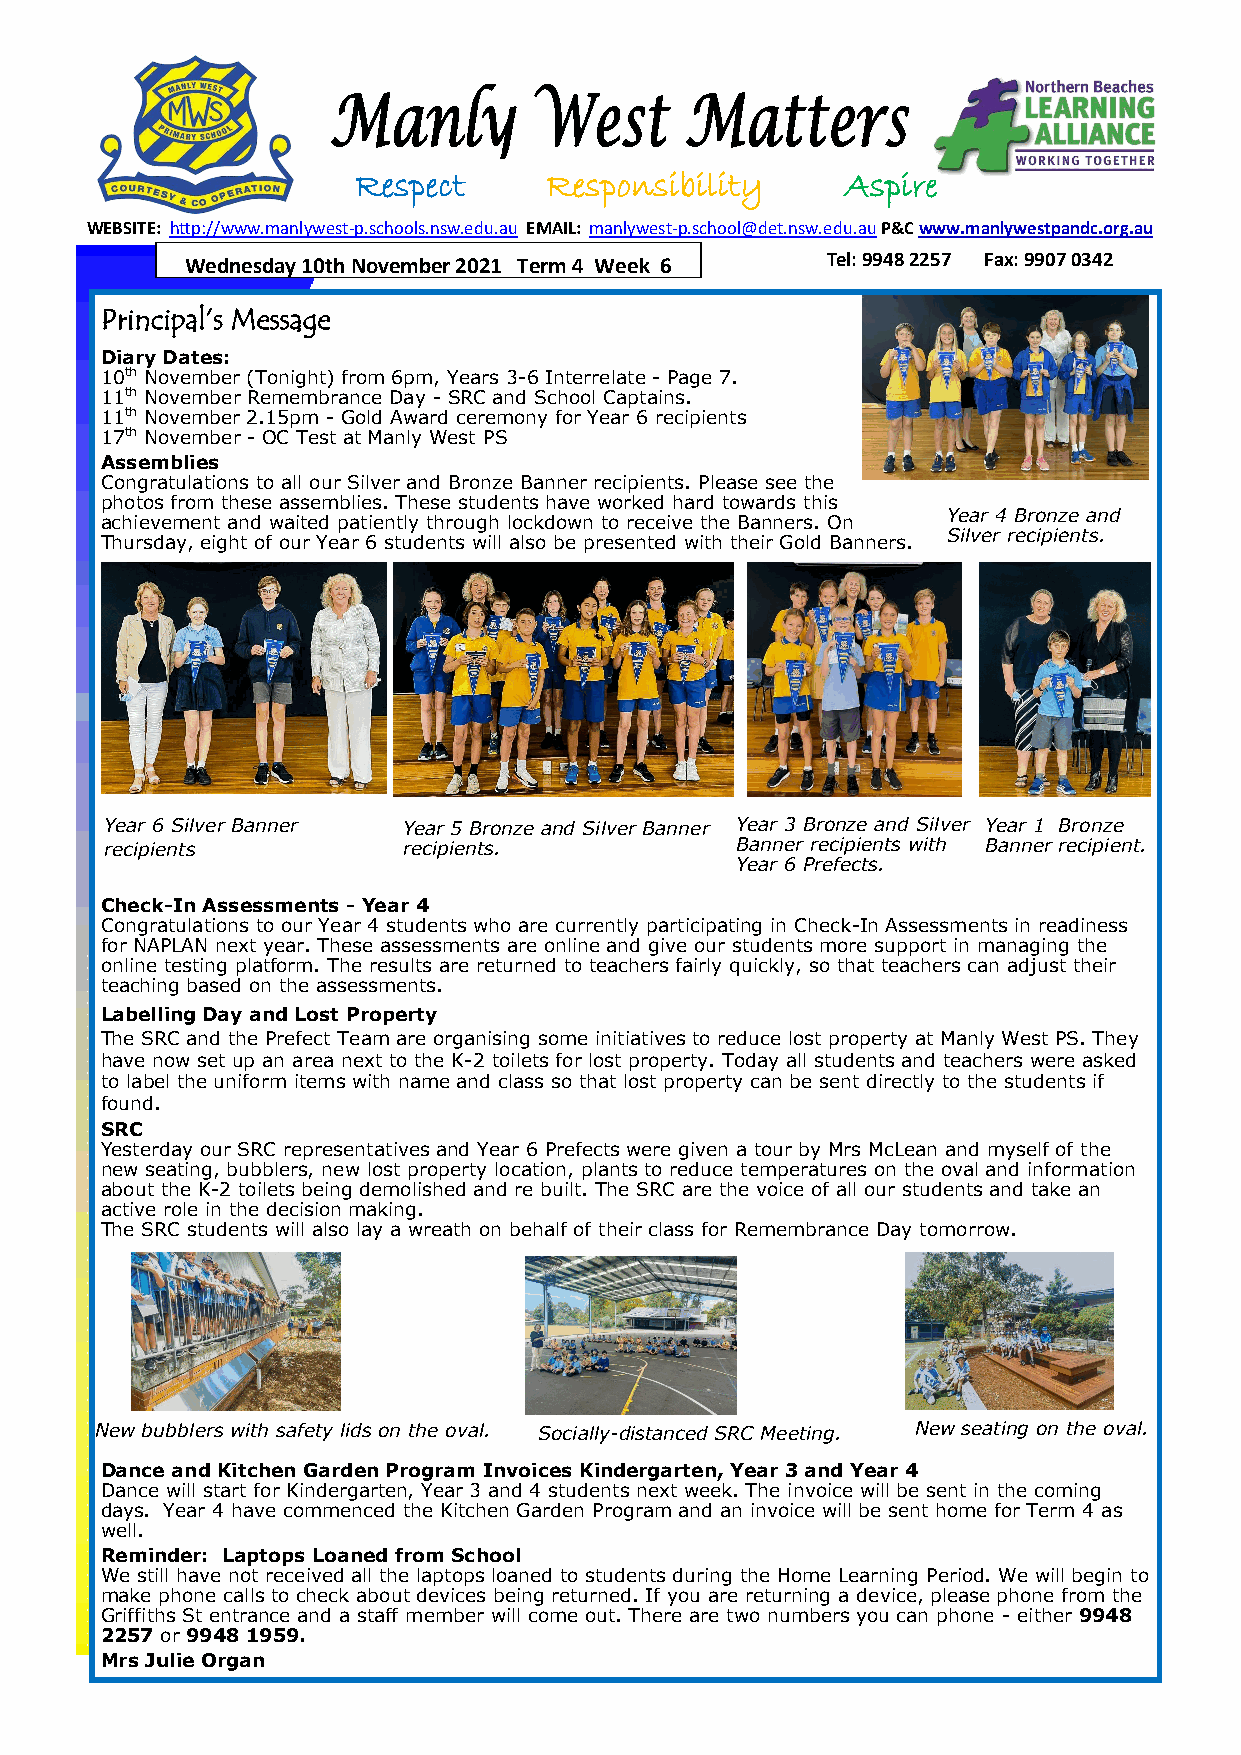
Respect     Responsibility      Aspire
 WEBSITE: http://www.manlywest-p.schools.nsw.edu.au EMAIL: manlywest-p.school@det.nsw.edu.au P&C www.manlywestpandc.org.au
 Wednesday 10th November 2021 Term 4 Week 6 Tel: 9948 2257 Fax: 9907 0342
 Principal’s Message
 Diary Dates:
 10th November (Tonight) from 6pm, Years 3-6 Interrelate - Page 7.
 11th November Remembrance Day - SRC and School Captains.
 11th November 2.15pm - Gold Award ceremony for Year 6 recipients
 17th November - OC Test at Manly West PS
 Assemblies
 Congratulations to all our Silver and Bronze Banner recipients. Please see the
 photos from these assemblies. These students have worked hard towards this
 Year 4 Bronze and
 achievement and waited patiently through lockdown to receive the Banners. On
 Silver recipients.
 Thursday, eight of our Year 6 students will also be presented with their Gold Banners.
 Year 6 Silver Banner Year 5 Bronze and Silver Banner Year 3 Bronze and Silver Year 1 Bronze
 recipients          recipients.           Banner recipients with Banner recipient.
 Year 6 Prefects.
 Check-In Assessments - Year 4
 Congratulations to our Year 4 students who are currently participating in Check-In Assessments in readiness
 for NAPLAN next year. These assessments are online and give our students more support in managing the
 online testing platform. The results are returned to teachers fairly quickly, so that teachers can adjust their
 teaching based on the assessments.
 Labelling Day and Lost Property
 The SRC and the Prefect Team are organising some initiatives to reduce lost property at Manly West PS. They
 have now set up an area next to the K-2 toilets for lost property. Today all students and teachers were asked
 to label the uniform items with name and class so that lost property can be sent directly to the students if
 found.
 SRC
 Yesterday our SRC representatives and Year 6 Prefects were given a tour by Mrs McLean and myself of the
 new seating, bubblers, new lost property location, plants to reduce temperatures on the oval and information
 about the K-2 toilets being demolished and re built. The SRC are the voice of all our students and take an
 active role in the decision making.
 The SRC students will also lay a wreath on behalf of their class for Remembrance Day tomorrow.
 New bubblers with safety lids on the oval. Socially-distanced SRC Meeting. New seating on the oval.
 Dance and Kitchen Garden Program Invoices Kindergarten, Year 3 and Year 4
 Dance will start for Kindergarten, Year 3 and 4 students next week. The invoice will be sent in the coming
 days. Year 4 have commenced the Kitchen Garden Program and an invoice will be sent home for Term 4 as
 well.
 Reminder: Laptops Loaned from School
 We still have not received all the laptops loaned to students during the Home Learning Period. We will begin to
 make phone calls to check about devices being returned. If you are returning a device, please phone from the
 Griffiths St entrance and a staff member will come out. There are two numbers you can phone - either 9948
 2257 or 9948 1959.
 Mrs Julie Organ
 1